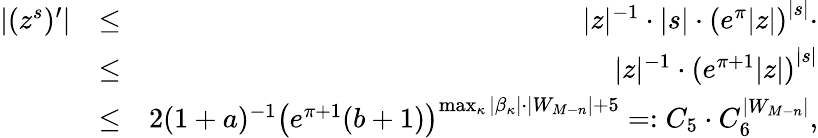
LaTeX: \begin{array}{rlr}{|(z^{s})^{\prime}|}&{\le}&{|z|^{-1}\cdot|s|\cdot{(e^{\pi}|z|)}^{|s|}\cdot}\\ &{\le}&{|z|^{-1}\cdot{(e^{\pi+1}|z|)}^{|s|}}\\ &{\le}&{2(1+a)^{-1}{\bigl(e^{\pi+1}(b+1)\bigr)}^{\operatorname*{max}_{\kappa}|\beta_{\kappa}|\cdot|W_{M-n}|+5}=:C_{5}\cdot C_{6}^{|W_{M-n}|},}\end{array}